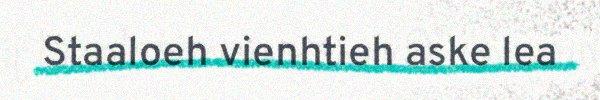
Staaloeh vienhtieh aske lea